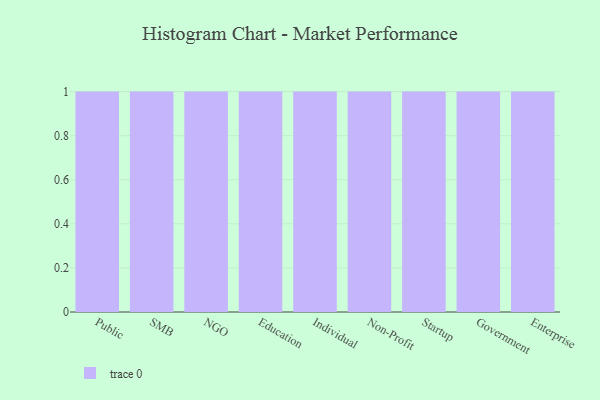
{"axis": {"x": "Segment", "y": "Humidity (%)"}, "legend": [""], "data": [{"x": "Public", "y": 85, "type": ""}, {"x": "SMB", "y": 61, "type": ""}, {"x": "NGO", "y": 32, "type": ""}, {"x": "Education", "y": 70, "type": ""}, {"x": "Individual", "y": 63, "type": ""}, {"x": "Non-Profit", "y": 52, "type": ""}, {"x": "Startup", "y": 71, "type": ""}, {"x": "Government", "y": 37, "type": ""}, {"x": "Enterprise", "y": 93, "type": ""}]}